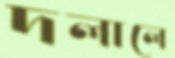
দলালে